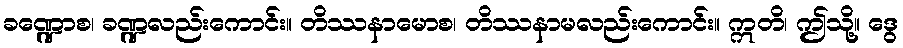
ခဏ္ဍောစ၊ ခဏ္ဍလည်းကောင်း။ တိဿနာမောစ၊ တိဿနာမလည်းကောင်း။ ဣတိ၊ ဤသို့။ ဒွေ